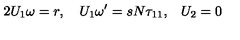
2 { U _ { 1 } \omega } = r , \quad { U _ { 1 } } { \omega ^ { \prime } } = s { N } { \tau _ { 1 1 } , } \quad { U _ { 2 } } = { 0 }